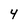
Character: 4